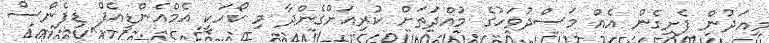
މިއަދުން ފެށިގެން އެއް މަސްދުވަހުގެ މުއްދަތަށް ކުރިއަށްގެންދާ މި ކޯހަކީ އެމްއެންޑީއެފް ޑިފެންސް